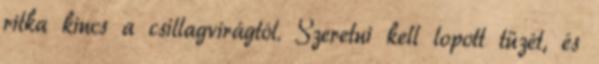
ritka kincs a csillagvirágtól. Szeretni kell lopott tüzét, és